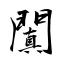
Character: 闐